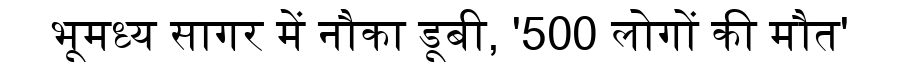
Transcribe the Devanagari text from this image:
भूमध्य सागर में नौका डूबी, '500 लोगों की मौत'